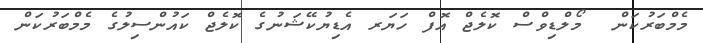
މެމްބަރުކަން  މޯލްޑިވްސް ކޮލެޖް އޮފް ހަޔަރ އެޑިޔުކޭޝަނުގެ ކޮލެޖް ކައުންސިލުގެ މެމްބަރުކަން